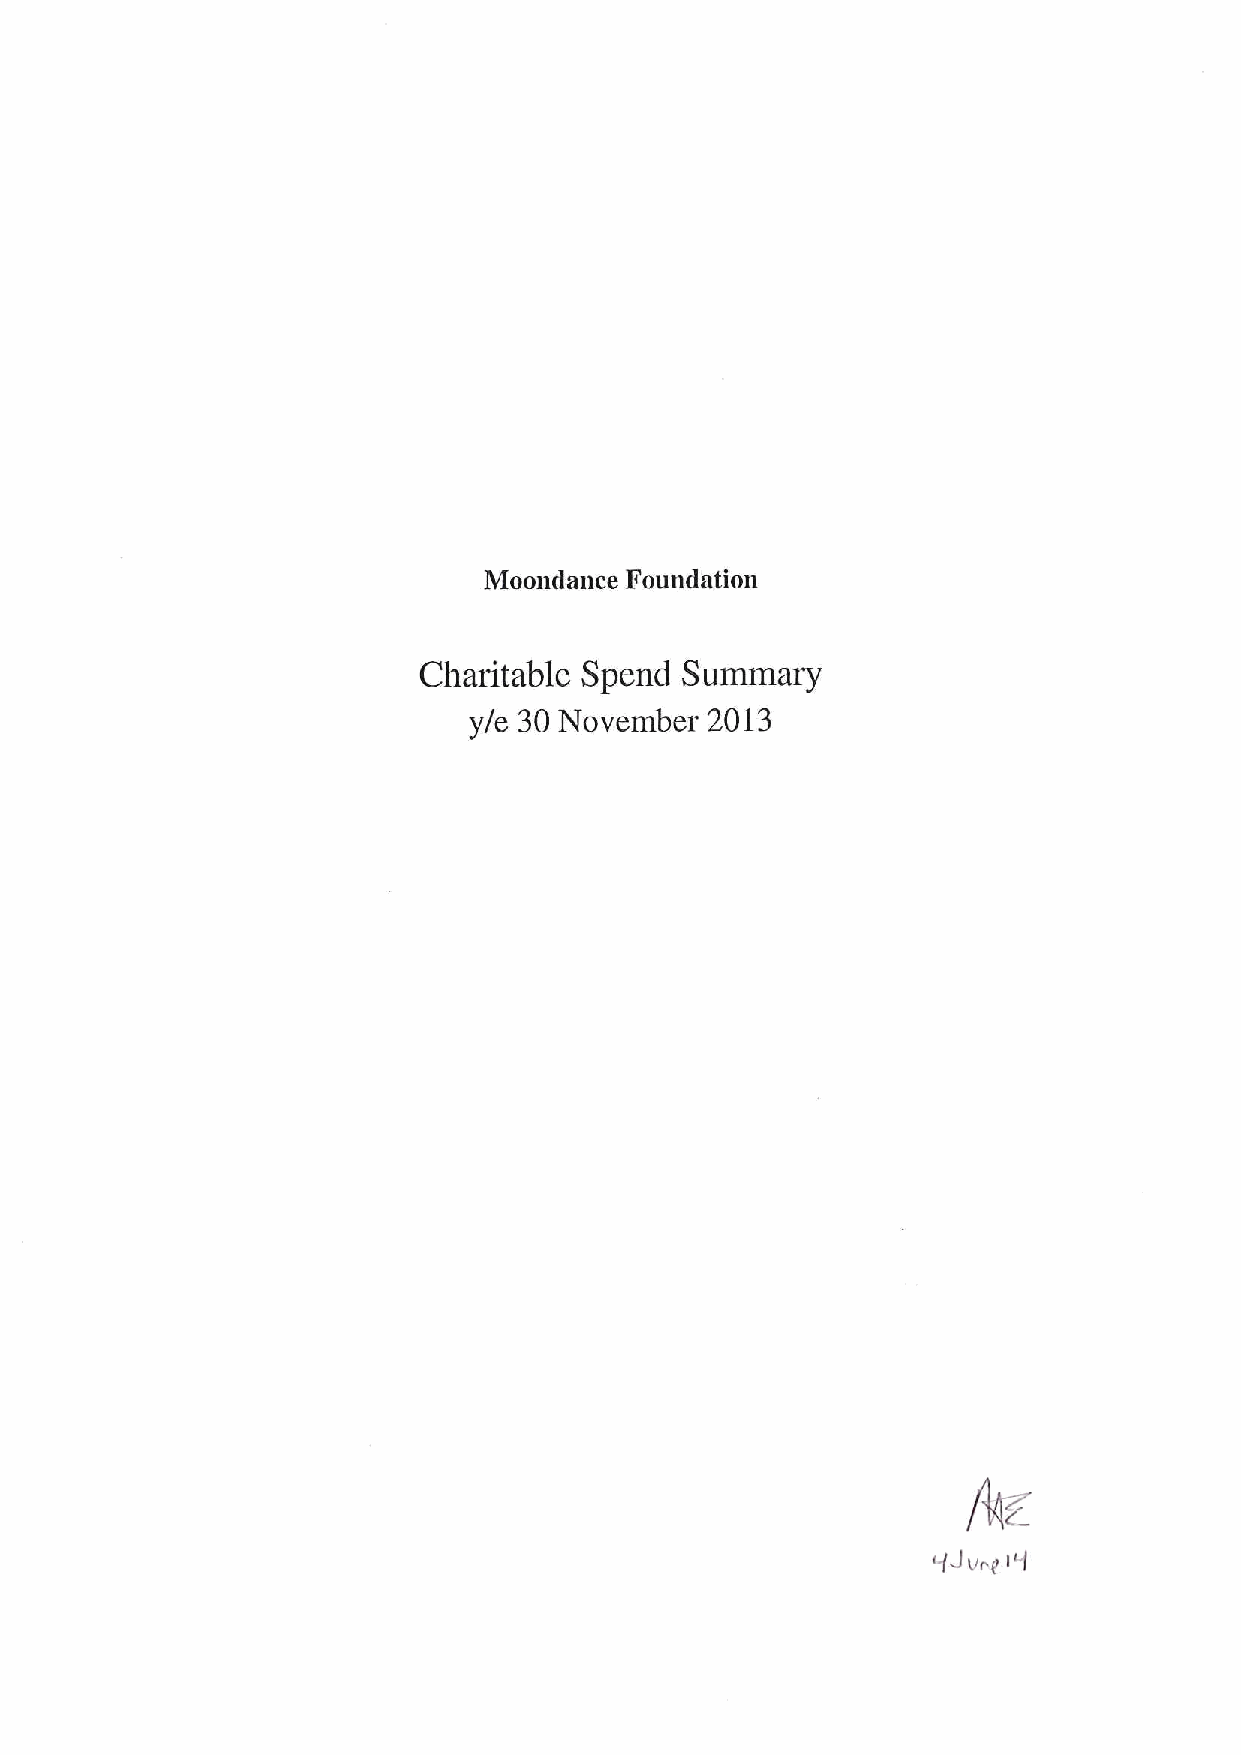
Moondance Foundation
 Charitable Spend Summary
 y/e 30 November 2013